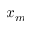
x _ { m }